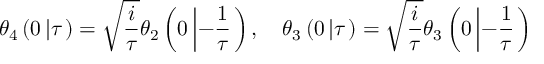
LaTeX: \theta _ { 4 } \left( 0 \left| \tau \right. \right) = \sqrt { \frac { i } { \tau } } \theta _ { 2 } \left( 0 \left| - \frac { 1 } { \tau } \right. \right) , \quad \theta _ { 3 } \left( 0 \left| \tau \right. \right) = \sqrt { \frac { i } { \tau } } \theta _ { 3 } \left( 0 \left| - \frac { 1 } { \tau } \right. \right)